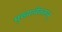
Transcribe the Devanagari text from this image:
मुख्यत्वेकरून्